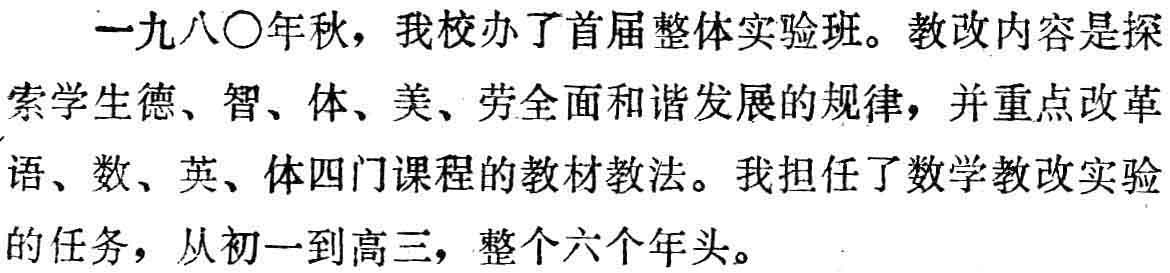
一九八\(\circ\)年秋，我校办了首届整体实验班。教改内容是探索学生德、智、体、美、劳全面和谐发展的规律，并重点改革语、数、英、体四门课程的教材教法。我担任了数学教改实验的任务，从初一到高三，整个六个年头。